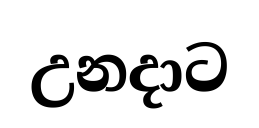
උනදාට